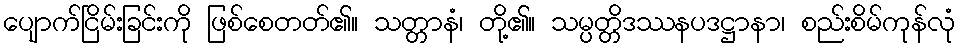
ပျောက်ငြိမ်းခြင်းကို ဖြစ်စေတတ်၏။ သတ္တာနံ၊ တို့၏။ သမ္ပတ္တိဒဿနပဒဋ္ဌာနာ၊ စည်းစိမ်ကုန်လုံ